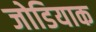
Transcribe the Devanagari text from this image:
जोडियाक